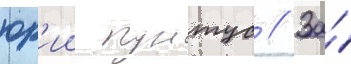
юр'ии пунтус // За́